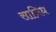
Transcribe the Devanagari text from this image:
सानिध